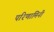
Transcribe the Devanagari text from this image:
परिणामिनी